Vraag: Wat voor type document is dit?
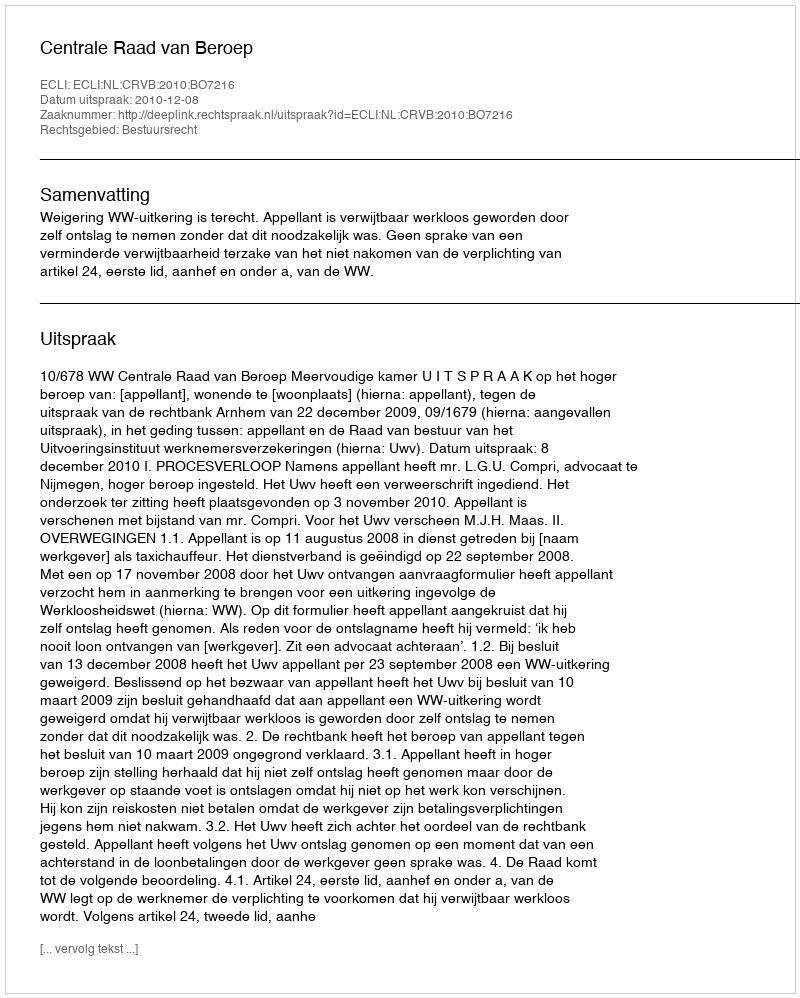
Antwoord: Uitspraak